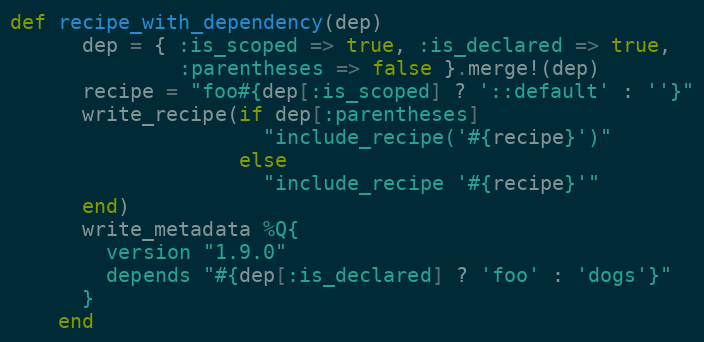
Language: Ruby
def recipe_with_dependency(dep)
      dep = { :is_scoped => true, :is_declared => true,
              :parentheses => false }.merge!(dep)
      recipe = "foo#{dep[:is_scoped] ? '::default' : ''}"
      write_recipe(if dep[:parentheses]
                     "include_recipe('#{recipe}')"
                   else
                     "include_recipe '#{recipe}'"
      end)
      write_metadata %Q{
        version "1.9.0"
        depends "#{dep[:is_declared] ? 'foo' : 'dogs'}"
      }
    end